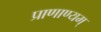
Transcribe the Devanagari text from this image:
प्राणाण्यम्